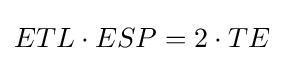
ETL\cdot ESP=2\cdot TE